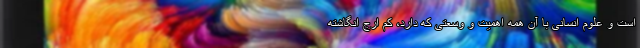
است و علوم انسانی با آن همه اهمیت و وسعتی که دارد، کم ارج انگاشته